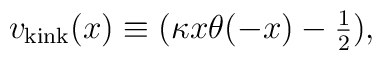
v_{\rm kink}(x)\equiv (\kappa x \theta(-x) - {\textstyle{1\over2}}),